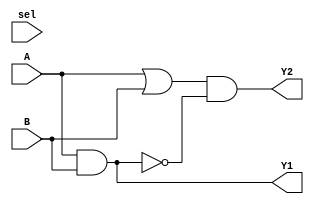
module CLB_Overlap (
    input wire [3:0] A,          // 4-bit input
    input wire [3:0] B,          // 4-bit input
    input wire sel,              // Selector for multiplexing
    output wire [3:0] Y1,        // Output for function 1
    output wire [3:0] Y2         // Output for function 2
);

// Intermediate shared logic
wire [3:0] shared_logic;

// Example of shared logic: AND operation
assign shared_logic = A & B;   // Common operation shared by both functions

// Function 1: Y1 = A AND B
assign Y1 = shared_logic;       // Use shared logic directly

// Function 2: Y2 = (A OR B) AND NOT(shared_logic)
assign Y2 = (A | B) & ~shared_logic; // Use shared logic in a different context

// Multiplexer to select output based on selector signal
wire [3:0] mux_out;
assign mux_out = (sel) ? Y1 : Y2; // Select Y1 if sel=1, else Y2

endmodule